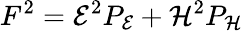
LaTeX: F^{2}={\cal E}^{2}P_{\cal E}+{\cal H}^{2}P_{\cal H}